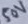
Text: 50V